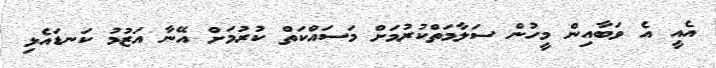
އެއީ އެ ވަބާއިން މީހުން ސަލާމަތްކުރުމަށް މަސައްކަތް ކުރުމަށް އޭނާ އަޒުމު ކަނޑައެޅި